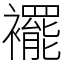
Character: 襬